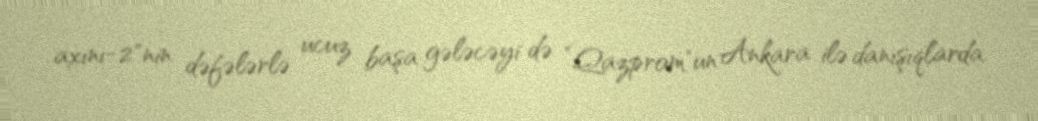
axını-2"nin dəfələrlə ucuz başa gələcəyi də ”Qazprom"un Ankara ilə danışıqlarda